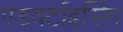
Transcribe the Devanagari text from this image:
एडवर्टाइसिंग